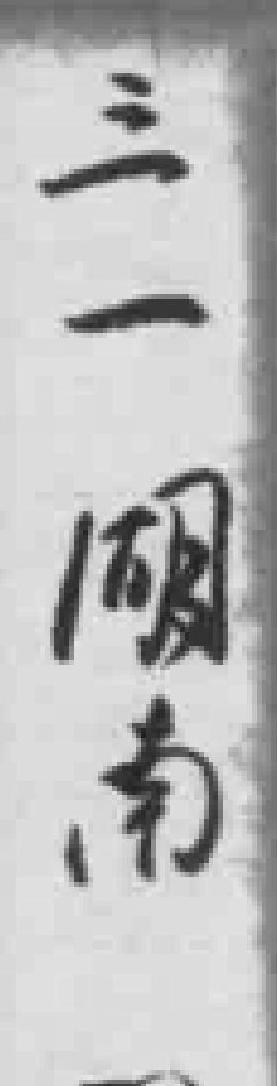
三一湖南